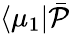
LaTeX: \langle\mu_{1}\vert\bar{\mathcal{P}}